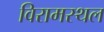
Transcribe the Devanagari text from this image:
विरामस्थल